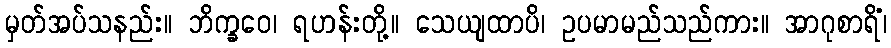
မှတ်အပ်သနည်း။ ဘိက္ခဝေ၊ ရဟန်းတို့။ သေယျထာပိ၊ ဥပမာမည်သည်ကား။ အာဂုစာရိံ၊